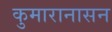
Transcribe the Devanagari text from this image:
कुमारानासन